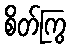
စိတ်ကြွ